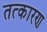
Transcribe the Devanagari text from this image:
तत्कारण